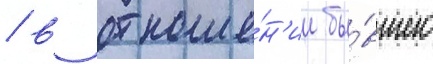
/ в отноше́н'ии бы́вшего